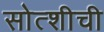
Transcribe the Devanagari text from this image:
सोत्शीची